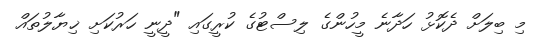
މި ބިލަށް ދެކޮޅު ހަދާނެ މީހުންގެ ލިސްޓުގެ ކުރީގައި "ދީނީ ހަރުކަށި ޚިޔާލުތައް